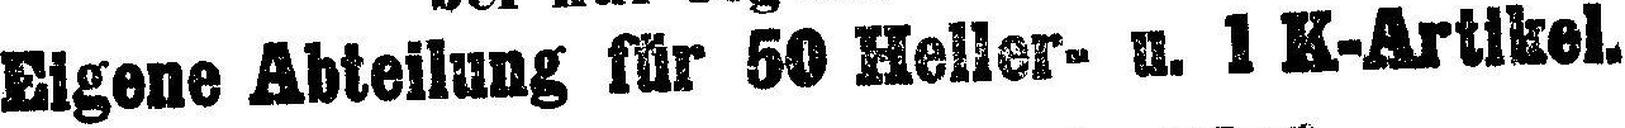
Eigene Abteilung für 50 Heller- u. 1 K-Artikel.